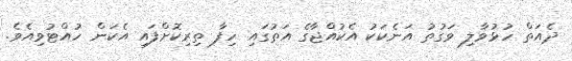
ދެއަތް ހުޅުވާލި ވަގުތު އަނެކަކު އެކުއްޖާގެ އަތުގައި ހިފާ ތިރިކޮށްފައި އެކަން ހުއްޓުވިއެވެ.